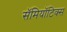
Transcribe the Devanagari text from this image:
सॅमियॉटिक्स